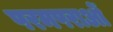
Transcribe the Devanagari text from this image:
परमपराओं